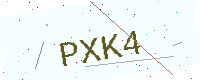
Text: PXK4